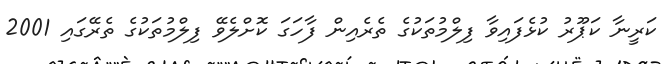
ކަރީނާ ކަޕޫރު ކުޅެފައިވާ ފިލްމުތަކުގެ ތެރެއިން ފާހަގަ ކޮށްލެވޭ ފިލްމުތަކުގެ ތެރޭގައި 2001